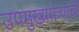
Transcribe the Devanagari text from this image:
उपमुख्यमंत्र्यांची